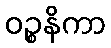
ဝဉ္စနိကာ